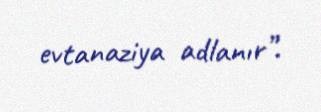
evtanaziya adlanır”.